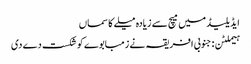
ایڈیلیڈ میں میچ سے زیادہ میلے کا سماں
ہیملٹن: جنوبی افریقہ نے زمبابوے کو شکست دے دی